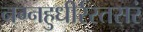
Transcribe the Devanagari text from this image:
नग्नहुधीर्रस्तसरं